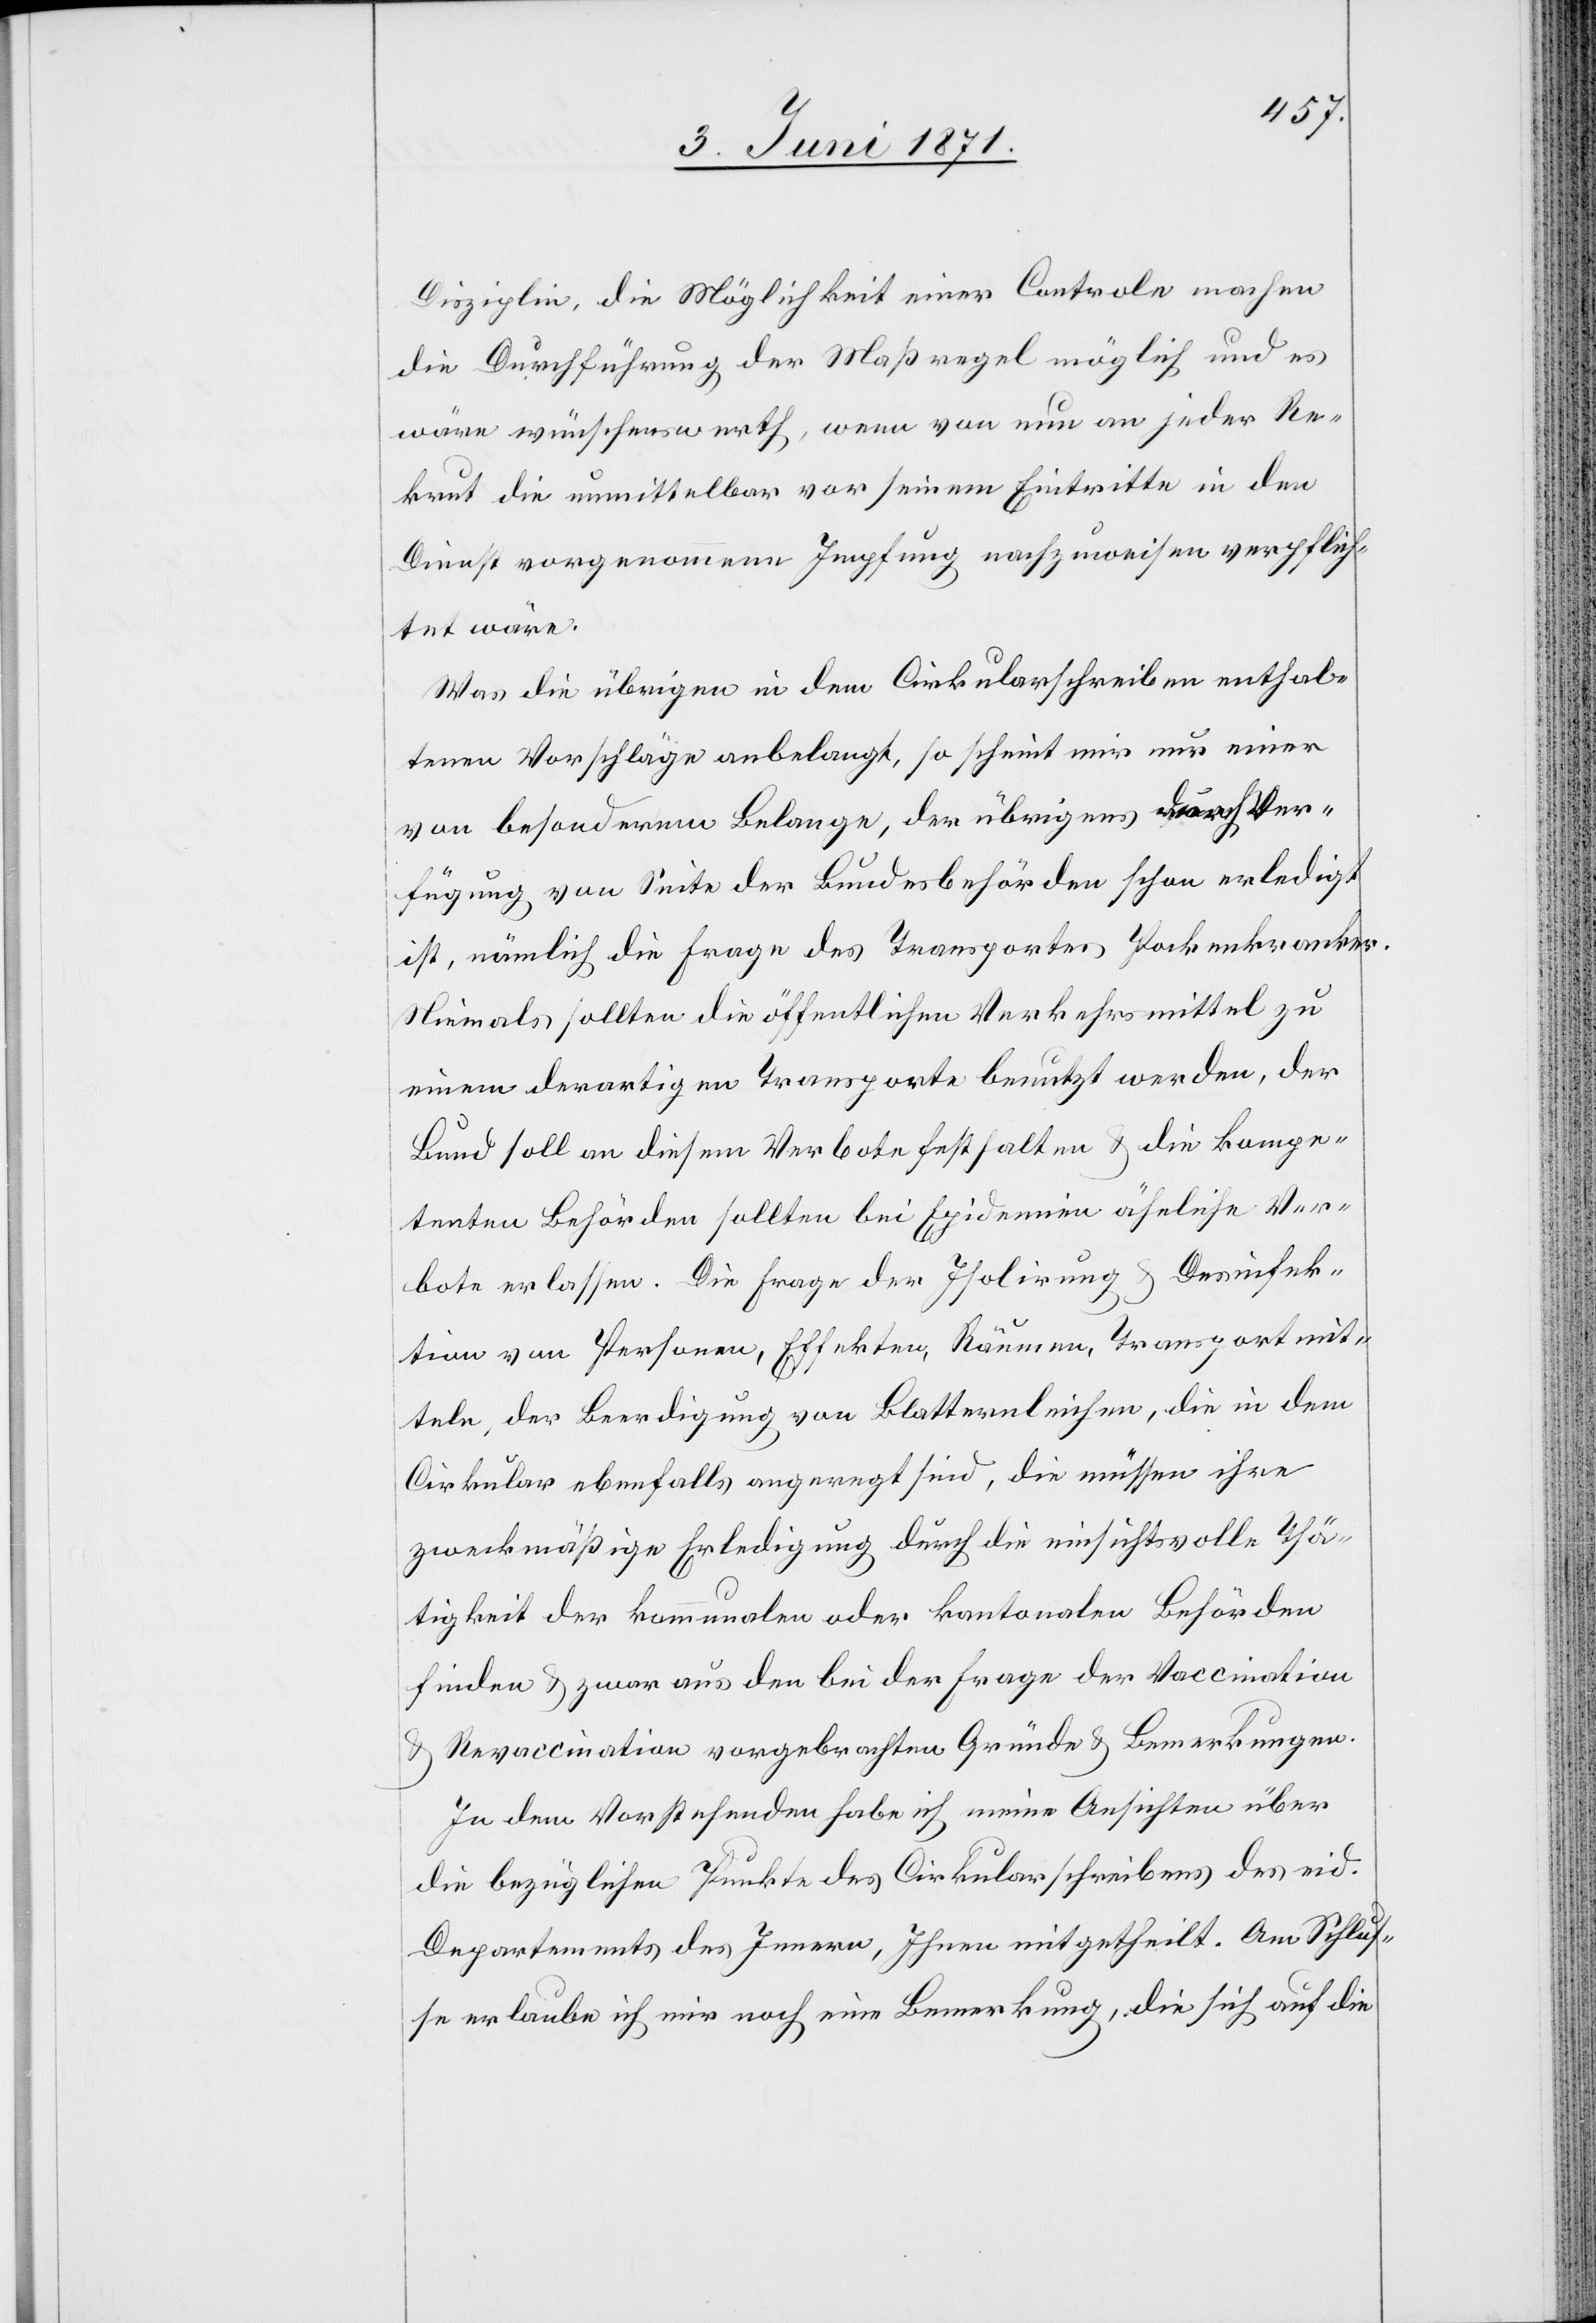
Disziplin, die Möglichkeit einer Controle machen
die Durchführung der Maßregeln möglich und es
wäre wünschenswerth, wenn von nun an jeder Re¬
krut die unmittelbar vor seinem Eintritte in den
Dienst vorgenommene Impfung nachzuweisen verpflich¬
tet wäre.
Was die übrigen in dem Cirkularschreiben enthal¬
tenen Vorschläge anbelangt, so scheint mir nur einer
von besonderem Belange, der übrigens durch Ver¬
fügung von Seite der Bundesbehörden schon erledigt
ist, nämlich die Frage des Transportes Pockenkranker.
Niemals sollten die öffentlichen Verkehrsmittel zu
einem derartigen Transporte benutzt werden, der
Bund soll an diesem Verbote festhalten u. die kompe¬
tenten Behörden sollten bei Epidemien ähnliche Ver¬
bote erlassen. Die Frage der Isolirung u. Desinfek¬
tion von Personen, Effekten, Räumen, Transportmit¬
teln, der Beerdigung von Blatternleichen, die in dem
Cirkular ebenfalls angeregt sind, die müssen ihre
zweckmäßige Erledigung durch die einsichtsvolle Thä¬
tigkeit der kommunalen oder kantonalen Behörden
finden u. zwar aus den bei der Frage der Vaccination
u. Revaccination vorgebrachten Gründe u. Bemerkungen.
In dem Vorstehenden habe ich meine Ansichten über
die bezüglichen Punkte des Cirkularschreibens des eid.
Departements des Innern, Ihnen mitgetheilt. Am Schlus¬
se erlaube ich mir noch eine Bemerkung, die sich auf die